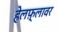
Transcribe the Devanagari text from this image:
हेलफ़्लावर